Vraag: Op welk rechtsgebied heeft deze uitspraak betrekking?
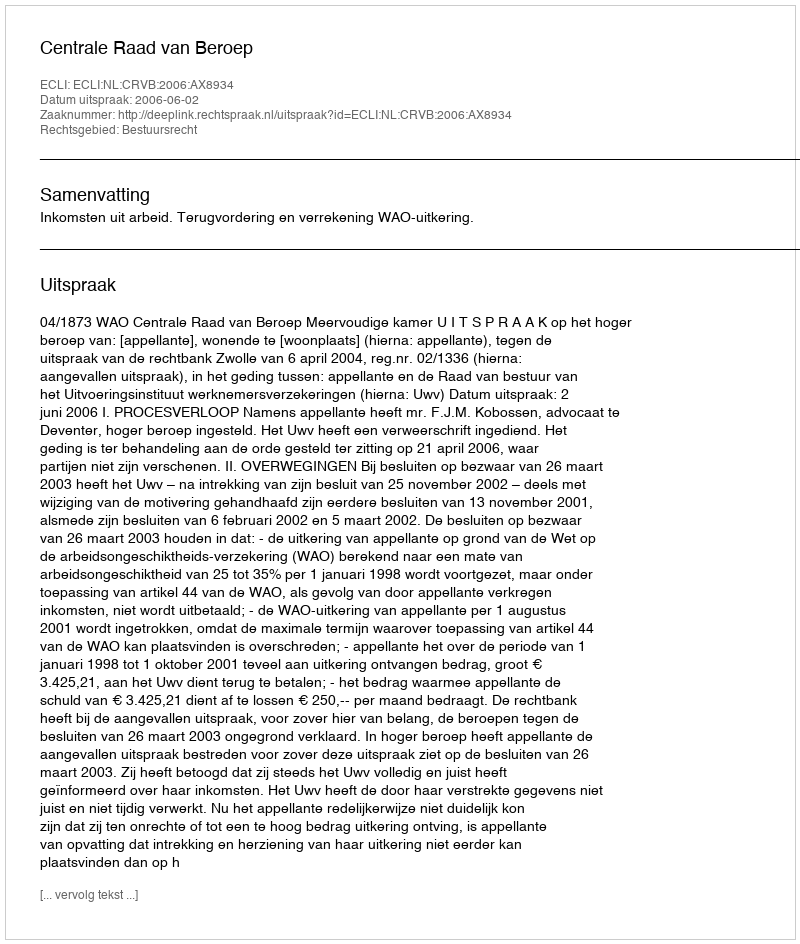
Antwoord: Bestuursrecht